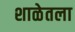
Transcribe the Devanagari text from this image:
शाळेतला